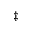
^ { \ddagger }